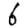
Digit: 6